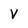
Character: V